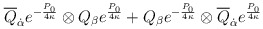
\begin{align*}\overline{Q}_{\dot\alpha}e^{-{{P_0}\over{4\kappa}}}\otimes Q_{\beta}e^{{P_0}\over {4\kappa}} +Q_{\beta}e^{-{{P_0}\over {4\kappa}}}\otimes\overline{Q}_{\dot\alpha}e^{{P_0}\over {4\kappa}}\end{align*}